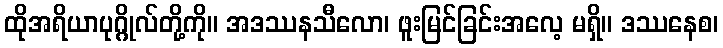
ထိုအရိယာပုဂ္ဂိုလ်တို့ကို။ အဒဿနသီလော၊ ဖူးမြင်ခြင်းအလေ့ မရှိ။ ဒဿနေစ၊